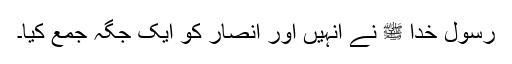
رسول خدا ﷺ نے انہیں اور انصار کو ایک جگہ جمع کیا۔